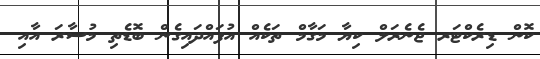
ކޮން ޑިރެކްޓަރ ޖެނެރަލް ކިޔާ މަގާމް ތަކެއް އުފައްދައިގެން ބޮޑެތި މުސާރަ އާއި